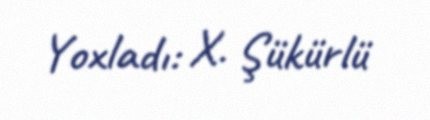
Yoxladı: X. Şükürlü